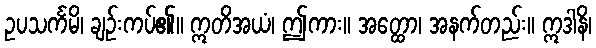
ဥပသင်္ကမိ၊ ချဉ်းကပ်၏။ ဣတိအယံ၊ ဤကား။ အတ္ထော၊ အနက်တည်း။ ဣဒါနိ၊